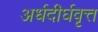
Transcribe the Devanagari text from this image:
अर्धदीर्घवृत्त